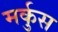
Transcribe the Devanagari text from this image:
मर्कुस